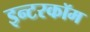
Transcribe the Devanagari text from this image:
इन्टरकॉम